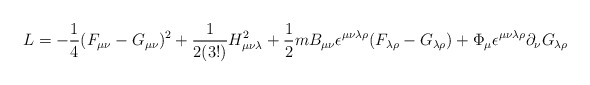
\begin{align*}{\sl L} = -\frac{1}{4}(F_{\mu \nu}-G_{\mu \nu})^2 +\frac{1}{2 (3!)} H_{\mu \nu \lambda}^2 +\frac{1}{2} m B_{\mu \nu } \epsilon^{\mu \nu \lambda \rho}(F_{\lambda \rho}-G_{\lambda \rho})+ \Phi_\mu \epsilon^{\mu \nu \lambda \rho} \partial_\nu G_{\lambda \rho}\end{align*}